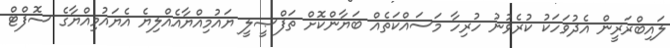
ލައިބްރަރީން އެދުވަހަކު ކުރެވުނު ހުރިހާ މަސައްކަތެއް ބަޔާންކޮށް ތަފްޞީލީ ޔައުމިއްޔާއެއްލިޔެ އެޔައުމިއްޔާގެ ސޮފްޓް